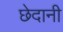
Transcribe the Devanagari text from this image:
छेदानी